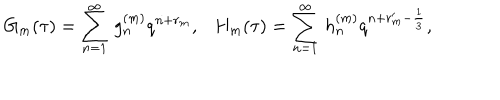
G _ { m } ( \tau ) = \sum _ { n = 1 } ^ { \infty } \, g _ { n } ^ { ( m ) } q ^ { n + r _ { m } } , H _ { m } ( \tau ) = \sum _ { n = 1 } ^ { \infty } \, h _ { n } ^ { ( m ) } q ^ { n + r _ { m } ^ { \prime } - \frac { 1 } { 3 } } ,